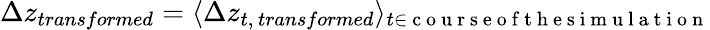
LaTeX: \Delta z_{transformed}=\langle\Delta z_{t,\, transformed}\rangle_{t\in\mathrm{~c~o~u~r~s~e~o~f~t~h~e~s~i~m~u~l~a~t~i~o~n~}}